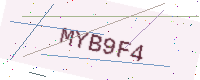
Text: MYB9F4